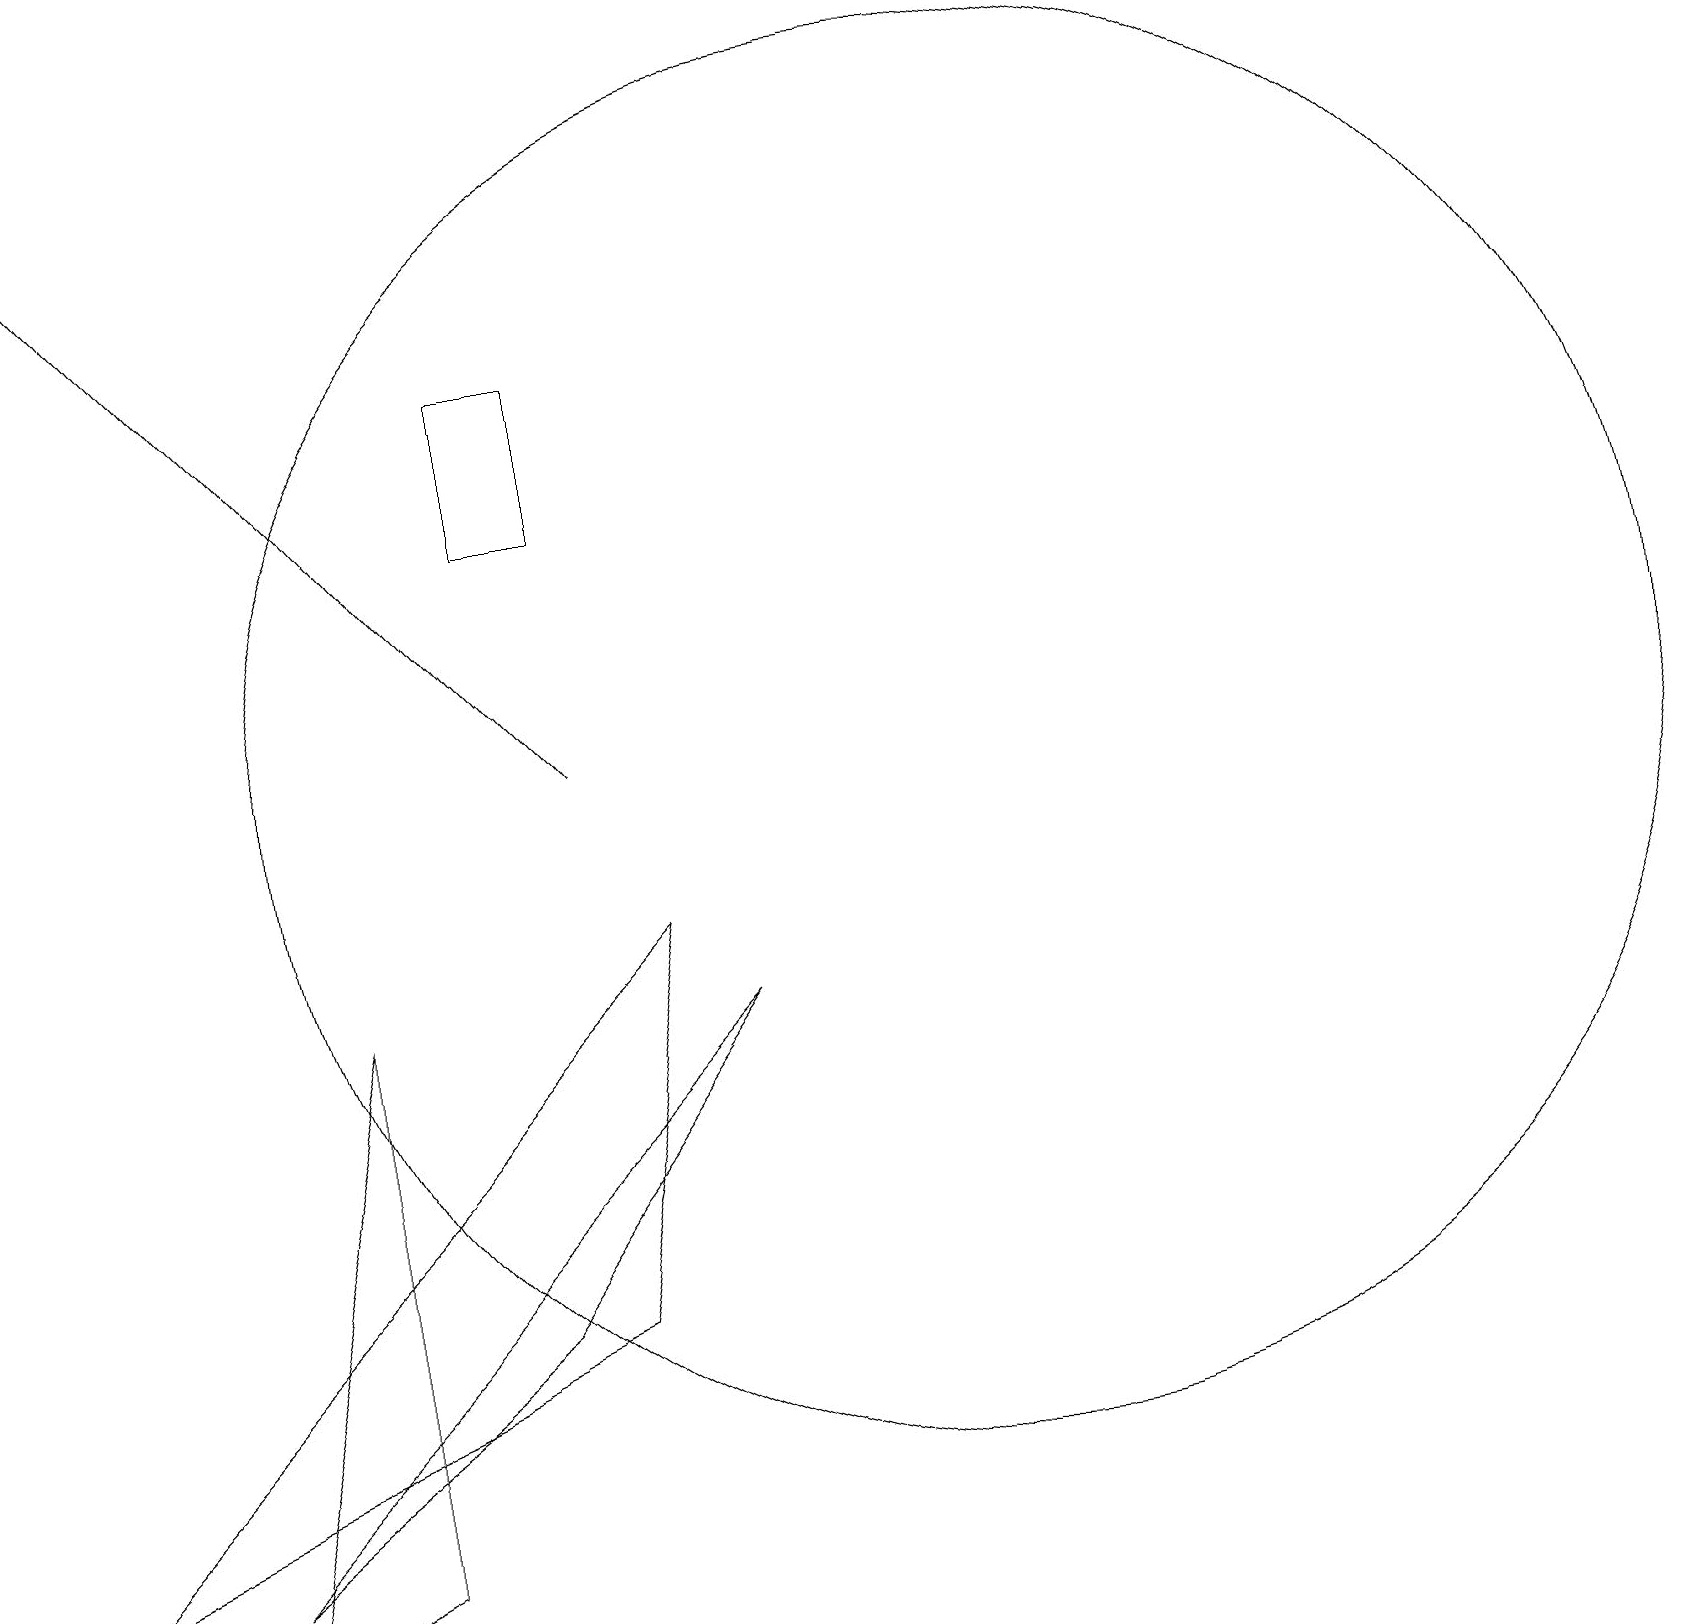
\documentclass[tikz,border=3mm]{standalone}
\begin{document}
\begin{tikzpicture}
\draw (4,8) -- (2,0) -- (4,1) -- cycle;
\draw (6,4) -- (9,8) -- (2,1) -- cycle;
\draw (0,1) -- (7,4) -- (8,9) -- cycle;
\draw[->] (7,11) -- (0,19);
\draw (12,11) circle (9);
\draw (7,14) rectangle (6,16);
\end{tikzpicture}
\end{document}